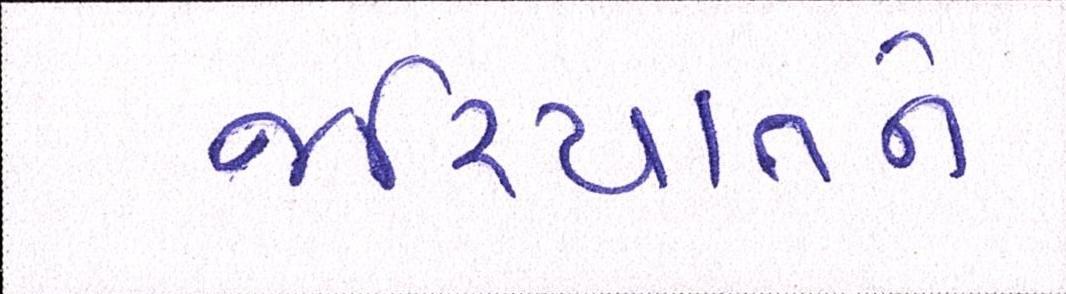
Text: જરિયાતને